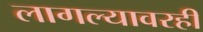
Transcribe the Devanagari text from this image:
लागल्यावरही